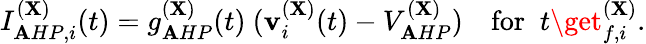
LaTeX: I_{\mathbf{A}HP,i}^{(\mathbf{X})}(t)=g_{\mathbf{A}HP}^{(\mathbf{X})}(t)~(\mathbf{v}_{i}^{(\mathbf{X})}(t)-V_{\mathbf{A}HP}^{(\mathbf{X})})~~~\mathrm{{~for~}}\; t\get_{f,i}^{(\mathbf{X})}.